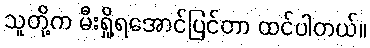
သူတို့က မီးရှို့ရအောင်ပြင်တာ ထင်ပါတယ်။